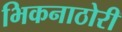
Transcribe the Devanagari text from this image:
भिकनाठोरी